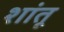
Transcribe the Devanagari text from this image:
शांतू